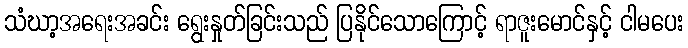
သံဃာ့အရေးအခင်း ရွေးနှုတ်ခြင်းသည် ပြနိုင်သောကြောင့် ရာဇူးမောင်နှင့် ငါမပေး